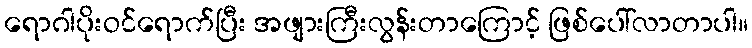
ရောဂါပိုးဝင်ရောက်ပြီး အဖျားကြီးလွန်းတာကြောင့် ဖြစ်ပေါ်လာတာပါ။